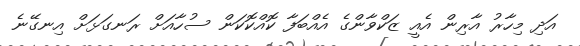
އަދި މިހާރު އާރިން އެއީ ޒަކްވާންގެ އެއްބަފާ ކޮއްކޮކަން ސުހާއަށް ރަނގަޅަށް އިނގޭނެ